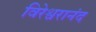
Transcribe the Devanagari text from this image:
विरेश्वरानंद